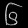
Digit: ၆